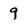
Character: 9